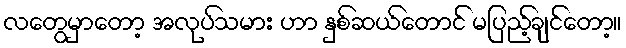
လတွေမှာတော့ အလုပ်သမား ဟာ နှစ်ဆယ်တောင် မပြည့်ချင်တော့။